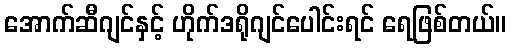
အောက်ဆီဂျင်နှင့် ဟိုက်ဒရိုဂျင်ပေါင်းရင် ရေဖြစ်တယ်။